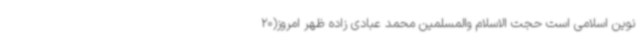
نوین اسلامی است حجت الاسلام والمسلمین محمد عبادی زاده ظهر امروز(20